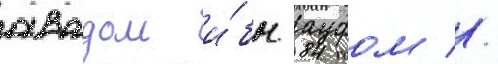
авадом и́бн ауфом //